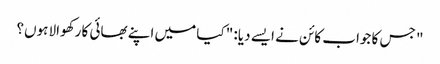
" جس کا جواب کائن نے ایسے دیا: " کیا میں اپنے بھائی کا رکھوالا ہوں؟